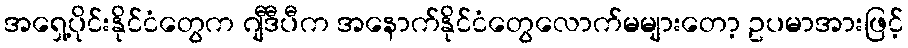
အရှေ့ပိုင်းနိုင်ငံတွေက ဂျီဒီပီက အနောက်နိုင်ငံတွေလောက်မများတော့ ဥပမာအားဖြင့်